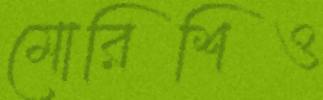
মোরিশিও